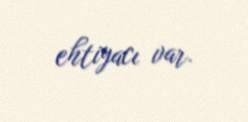
ehtiyacı var.